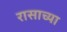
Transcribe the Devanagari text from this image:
रासाच्या